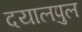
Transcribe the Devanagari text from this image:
दयालपुल